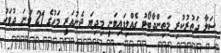
ސަލާ ދަތުރުކުރި މަތިންދާބޯޓު ގެއްލިފައިވަނީ މިދިޔަ ޖެނުއަރީ މަހުގެ 21 ވަނަ ދުވަހު